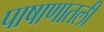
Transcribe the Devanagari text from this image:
पाषाणातली